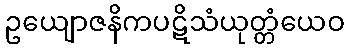
ဥယျောဇနိကပဋိသံယုတ္တံယေဝ